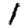
Digit: 1